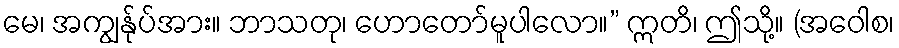
မေ၊ အကျွန်ုပ်အား။ ဘာသတု၊ ဟောတော်မူပါလော။” ဣတိ၊ ဤသို့။ (အဝေါစ၊